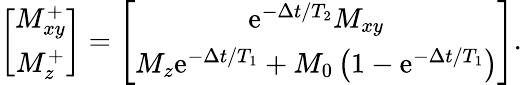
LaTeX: \begin{array}{r}{\left[\begin{array}{c}{M_{xy}^{+}}\\ {M_{z}^{+}}\end{array}\right]=\left[\begin{array}{c}{\mathrm{e}^{-\Delta t/T_{2}}M_{xy}}\\ {M_{z}\mathrm{e}^{-\Delta t/T_{1}}+M_{0}\left(1-\mathrm{e}^{-\Delta t/T_{1}}\right)}\end{array}\right].}\end{array}